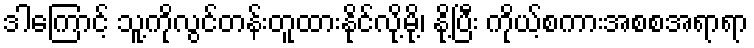
ဒါကြောင့် သူ့ကိုလွင်တန်းတူထားနိုင်လို့မို့၊ နို့ပြီး ကိုယ့်စကားအစစအရာရာ